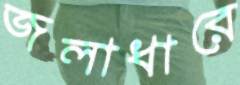
জলাধারে